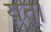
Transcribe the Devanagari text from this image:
यत्।